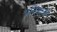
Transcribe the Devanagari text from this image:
प्रतिष्ठाओं